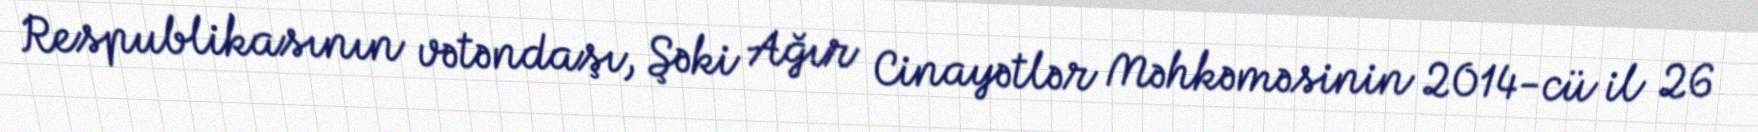
Respublikasının vətəndaşı, Şəki Ağır Cinayətlər Məhkəməsinin 2014-cü il 26